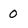
Character: 0